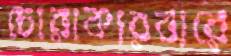
চোরাকারবারে